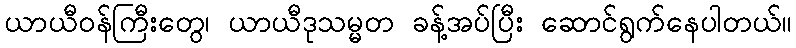
ယာယီဝန်ကြီးတွေ၊ ယာယီဒုသမ္မတ ခန့်အပ်ပြီး ဆောင်ရွက်နေပါတယ်။